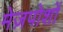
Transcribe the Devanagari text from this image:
मेज़पोशों